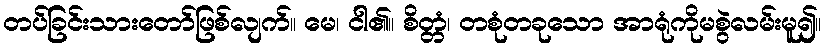
တပ်ခြင်းသားတော်ဖြစ်လျက်။ မေ၊ ငါ၏။ စိတ္တံ၊ တစုံတခုသော အာရုံကိုမစွဲလမ်းမူ၍။